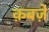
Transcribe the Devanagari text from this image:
क़बज़े